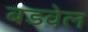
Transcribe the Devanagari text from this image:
बडवेल